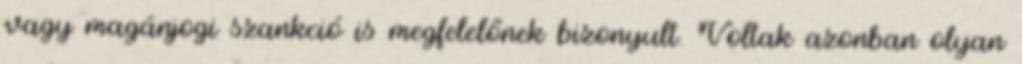
vagy magánjogi szankció is megfelelőnek bizonyult. Voltak azonban olyan